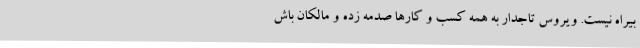
بیراه نیست. ویروس تاجدار به همه کسب و کارها صدمه زده و مالکان باش